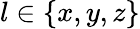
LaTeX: l\in\{ x,y,z\}